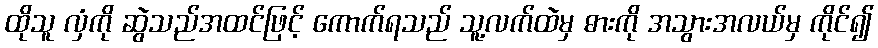
ထိုသူ လှံကို ဆွဲသည်အထင်ဖြင့် ကောက်ရသည် သူ့လက်ထဲမှ ဓားကို အသွားအလယ်မှ ကိုင်၍